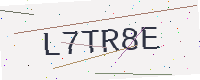
Text: L7TR8E